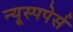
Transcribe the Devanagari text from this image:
न्यूस्पपेर्स